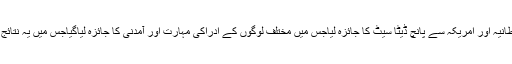
ماہر نے برطانیہ اور امریکہ سے پانچ ڈیٹا سیٹ کا جائزہ لیاجس میں مختلف لوگوں کے ادراکی مہارت اور آمدنی کا جائزہ لیاگیاجس میں یہ نتائج برآمد ہوئے۔